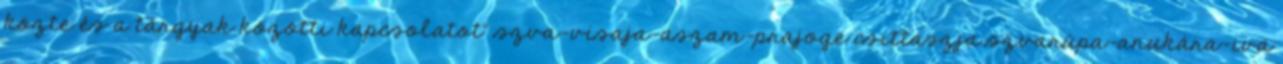
közte és a tárgyak közötti kapcsolatot" szva-visaja-aszam-prajoge csittaszja szvarúpa-anukára-iva